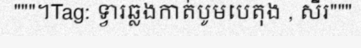
"""។Tag: ទ្វារឆ្លងកាត់បូមបេតុង , សឺរ"""